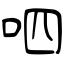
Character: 呬